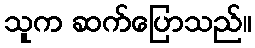
သူက ဆက်ပြောသည်။